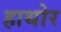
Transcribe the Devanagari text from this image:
हाथोर